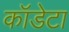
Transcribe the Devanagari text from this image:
कॉडेटा